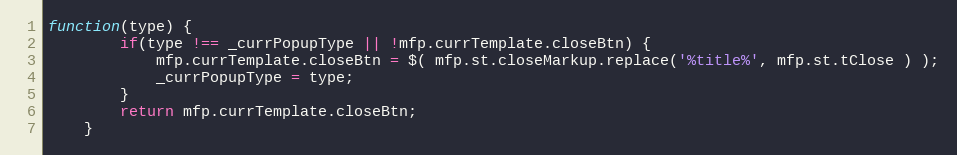
Language: JavaScript
function(type) {
		if(type !== _currPopupType || !mfp.currTemplate.closeBtn) {
			mfp.currTemplate.closeBtn = $( mfp.st.closeMarkup.replace('%title%', mfp.st.tClose ) );
			_currPopupType = type;
		}
		return mfp.currTemplate.closeBtn;
	}